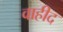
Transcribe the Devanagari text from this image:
वाहीद